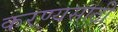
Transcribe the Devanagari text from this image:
करण्यसाठी